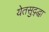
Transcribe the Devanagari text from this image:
येतसुद्द्धा